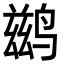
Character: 鹚